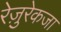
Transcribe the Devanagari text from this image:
रेज़ुरेकजा